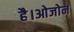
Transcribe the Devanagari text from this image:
है।ओजोन